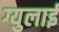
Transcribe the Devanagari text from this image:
ग्युलाई